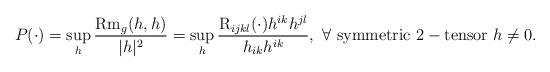
LaTeX: \begin{align*} P(\cdot)=\sup_h\frac{{\rm Rm}_g(h,h)}{|h|^2}=\sup_h\frac{{\rm R}_{ijkl}(\cdot)h^{ik}h^{jl}}{h_{ik}h^{ik}}, ~\forall~{\rm symmetric} ~{\rm 2-tensor}~ h\neq 0. \end{align*}